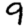
Digit: 9